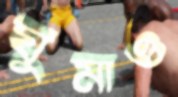
ঘুমাও